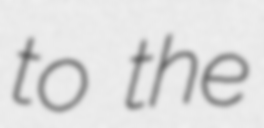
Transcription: to the